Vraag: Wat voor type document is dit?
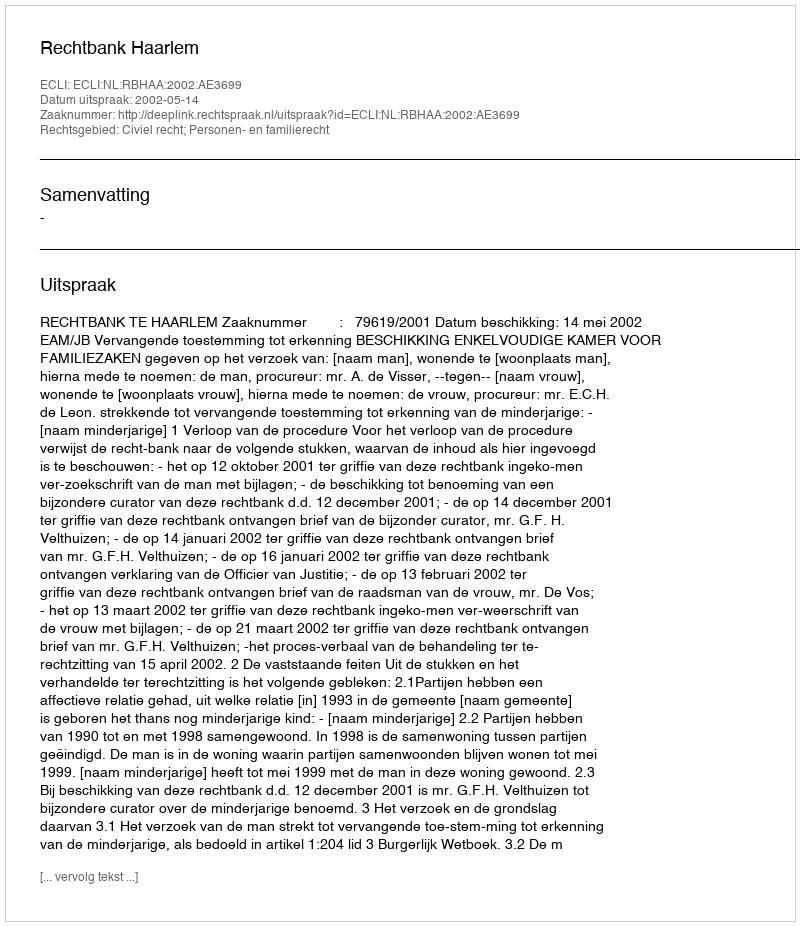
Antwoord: Uitspraak